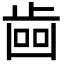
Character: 𣥼